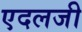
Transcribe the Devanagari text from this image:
एदलजी